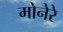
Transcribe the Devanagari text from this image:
मोनेरे